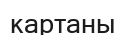
картаны